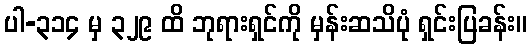
ပါ-၃၁၄ မှ ၃၂၉ ထိ ဘုရားရှင်ကို မှန်းဆသိပုံ ရှင်းပြခန်း။